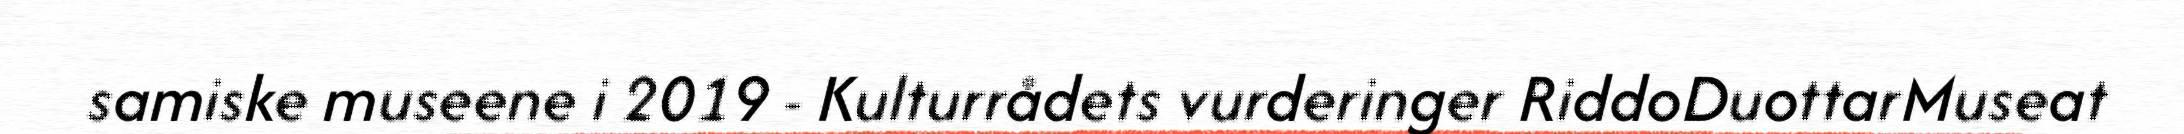
samiske museene i 2019 - Kulturrådets vurderinger RiddoDuottarMuseat